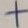
Text: +